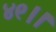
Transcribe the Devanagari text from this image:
४९।।